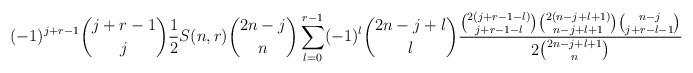
LaTeX: \begin{align*}(-1)^{j+r-1}\binom{j+r-1}{j}\frac{1}{2}S(n,r)\binom{2n-j}{n}\sum_{l=0}^{r-1}(-1)^l\binom{2n-j+l}{l}\frac{\binom{2(j+r-1-l)}{j+r-1-l}\binom{2(n-j+l+1)}{n-j+l+1}\binom{n-j}{j+r-l-1}}{2\binom{2n-j+l+1}{n}}\end{align*}